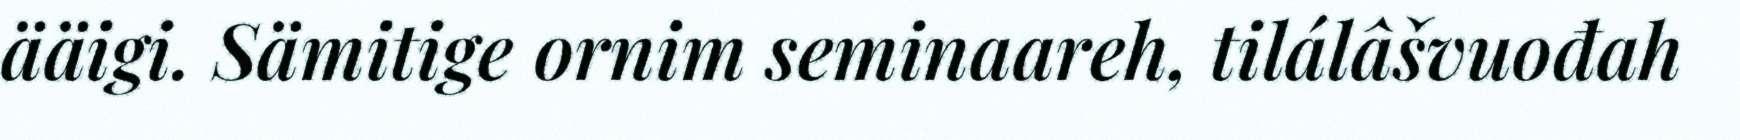
ääigi. Sämitige ornim seminaareh, tilálâšvuođah